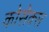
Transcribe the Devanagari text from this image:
कोसेक्स